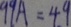
9 9 A = 4 . 9